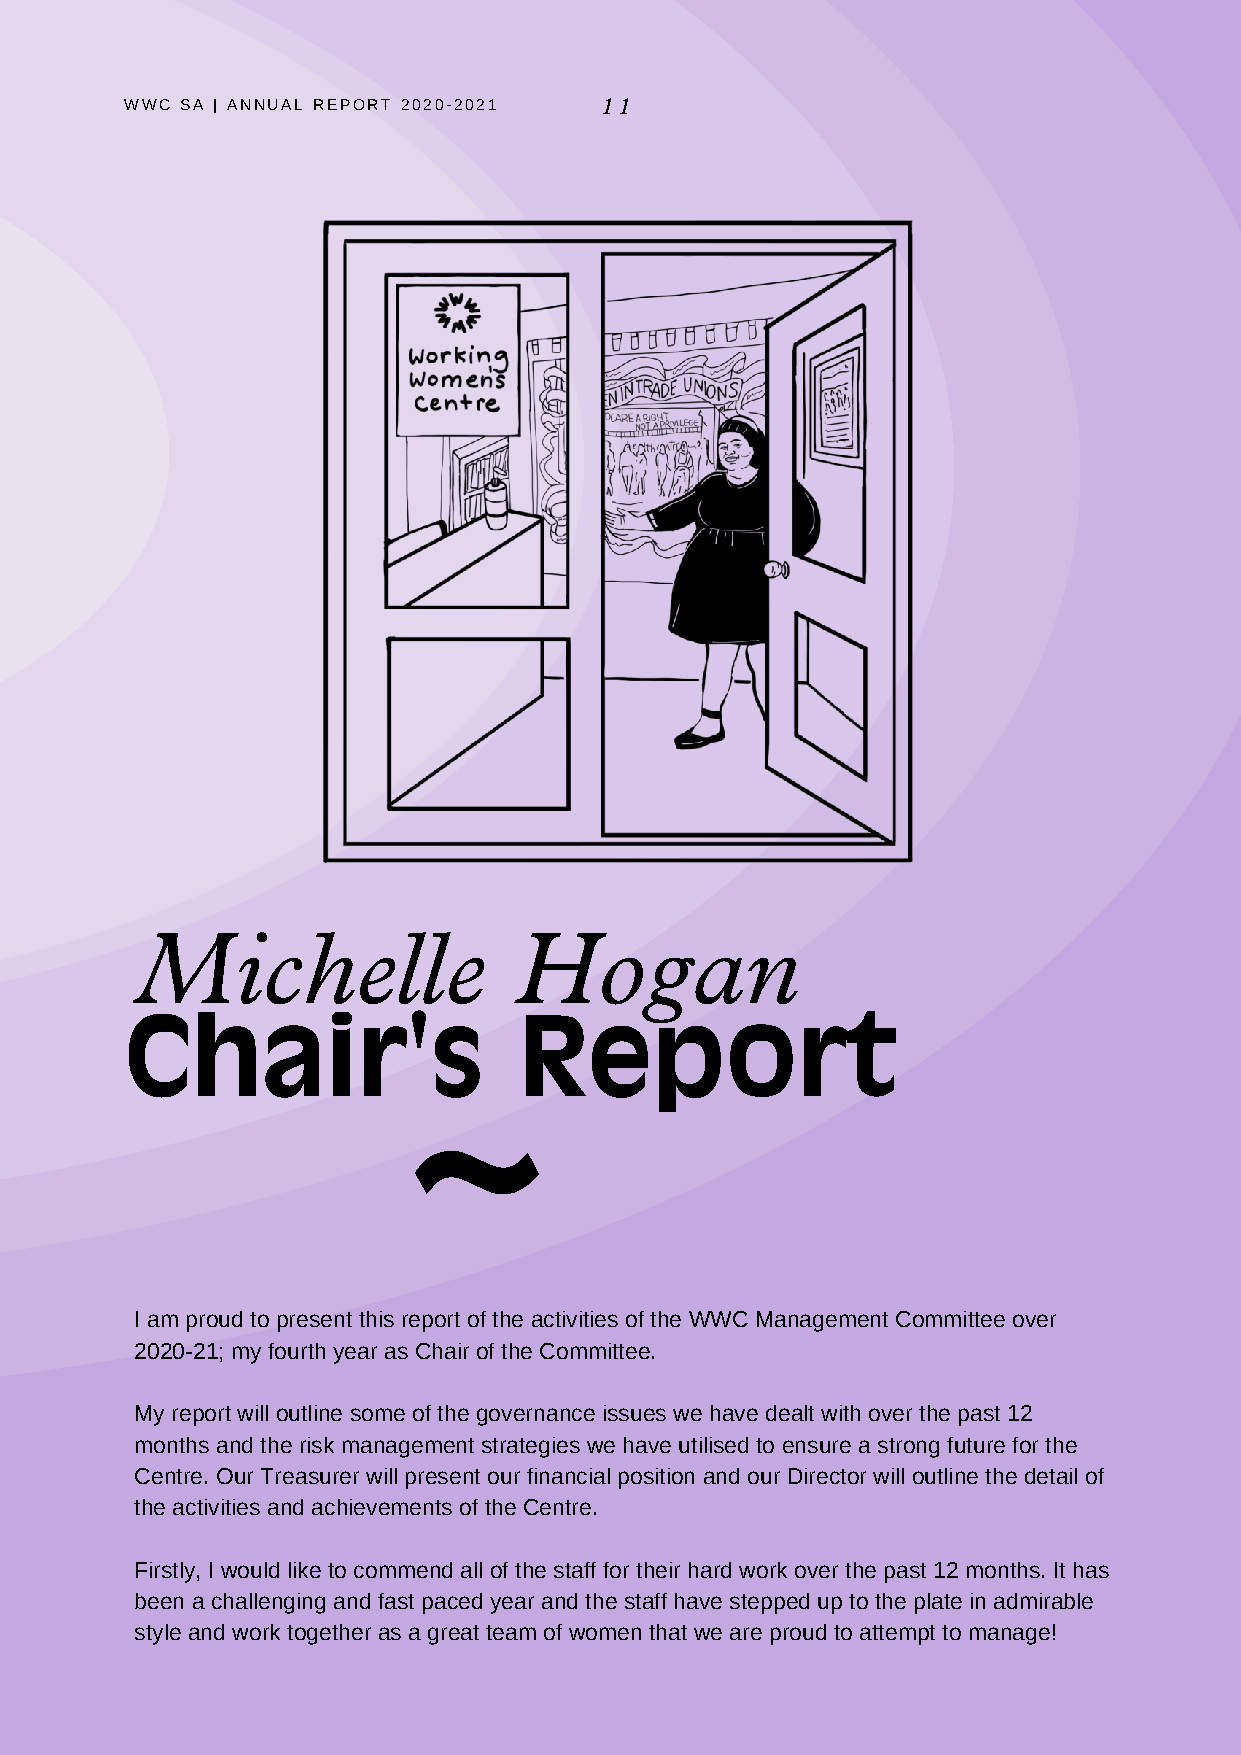
WWC SA | ANNUAL REPORT 2020-2021 11
 Michelle                 Hogan
 Chair's                   Report
 ~
 I am proud to present this report of the activities of the WWC Management Committee over
 2020-21; my fourth year as Chair of the Committee.
 My report will outline some of the governance issues we have dealt with over the past 12
 months and the risk management strategies we have utilised to ensure a strong future for the
 Centre. Our Treasurer will present our financial position and our Director will outline the detail of
 the activities and achievements of the Centre.
 Firstly, I would like to commend all of the staff for their hard work over the past 12 months. It has
 been a challenging and fast paced year and the staff have stepped up to the plate in admirable
 style and work together as a great team of women that we are proud to attempt to manage!